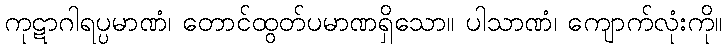
ကုဋာဂါရပ္ပမာဏံ၊ တောင်ထွတ်ပမာဏရှိသော။ ပါသာဏံ၊ ကျောက်လုံးကို။